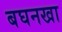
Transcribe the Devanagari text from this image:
बघनखा